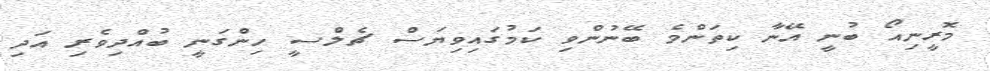
މޮރީނިއޯ ބުނީ އޭނާ ކިތަންމެ ބޭނުންވި ކަމުގައިވިޔަސް ޗެލްސީ ހިންގަނީ ބުއްދިވެރި އަދި